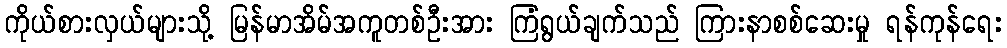
ကိုယ်စားလှယ်များသို့ မြန်မာအိမ်အကူတစ်ဦးအား ကြံရွယ်ချက်သည် ကြားနာစစ်ဆေးမှု ရန်ကုန်ရေး